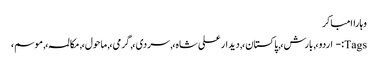
وہاراامباکر
Tags:- اردو،, بارش،, پاکستان،, دیدار علی شاہ،, سردی،, گرمی،, ماحول،, مکالمہ،, موسم،